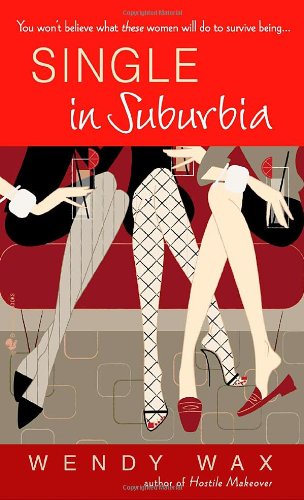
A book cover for Single in Suburbia; Wendy Wax; Literature & Fiction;